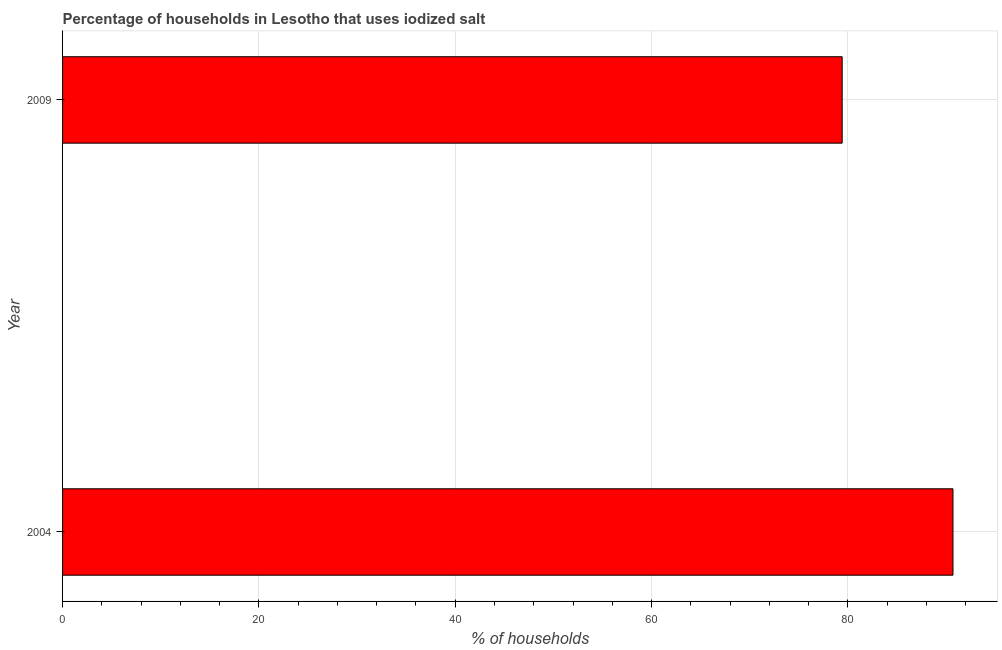
| Year | Consumption of iodized salt |
 | --- | --- |
 | 2004 | 90.7 |
 | 2009 | 79.4 |